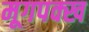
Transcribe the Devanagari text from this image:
मूगपक्ख